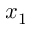
x _ { 1 }